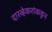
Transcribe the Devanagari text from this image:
दारव्हेकरांकडून